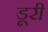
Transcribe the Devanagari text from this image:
डूरी